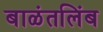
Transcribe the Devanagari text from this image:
बाळंतलिंब